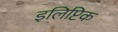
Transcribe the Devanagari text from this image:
इलिप्टिक